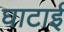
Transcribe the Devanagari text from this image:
घाटाई